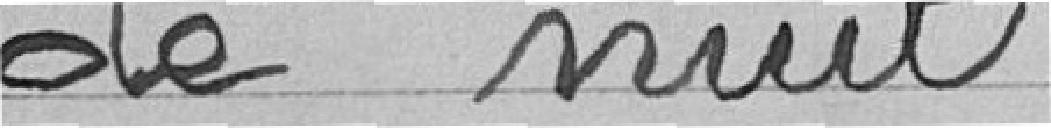
de nuit.